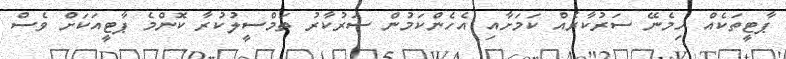
ޕާޓީތަކެއް ހިމެނޭ ސަރުކާރެއް ކަމަށާއި އެހެންކަމުން ސަރުކާރު ތަމްސީލުކުރާ ކޮންމެ ޕާޓީއަކަށް ވެސް